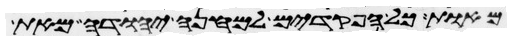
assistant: מאות כל הפקדים למחנה יהודה מאת